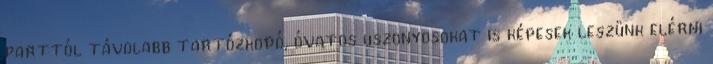
parttól távolabb tartózkodó, óvatos uszonyosokat is képesek leszünk elérni